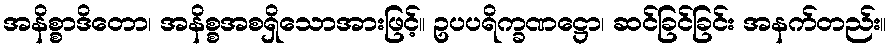
အနိစ္စာဒိတော၊ အနိစ္စအစရှိသောအားဖြင့်။ ဥပပရိက္ခဏဋ္ဌော၊ ဆင်ခြင်ခြင်း အနက်တည်း။